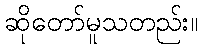
ဆိုတော်မူသတည်း။